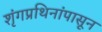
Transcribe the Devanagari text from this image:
शृंगप्रथिनांपासून